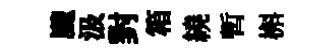
颼汲對箱繞暫槲